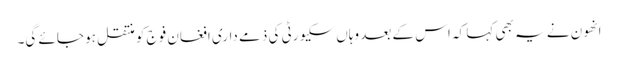
انھون نے یہ بھی کہا کہ اس کے بعد وہاں سکیورٹی کی ذمے داری افغان فوج کو منتقل ہو جائے گی۔